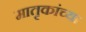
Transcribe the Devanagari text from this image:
मातृकांच्या